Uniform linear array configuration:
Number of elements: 64
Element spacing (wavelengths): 0.25
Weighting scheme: exponential
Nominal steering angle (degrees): -60
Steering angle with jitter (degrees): -59.148
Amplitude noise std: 0.05
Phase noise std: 0.05

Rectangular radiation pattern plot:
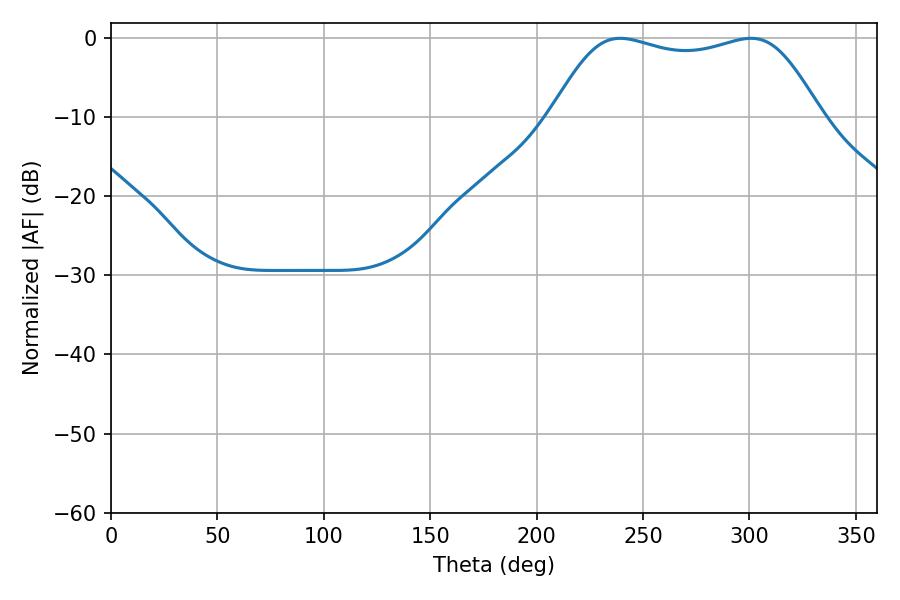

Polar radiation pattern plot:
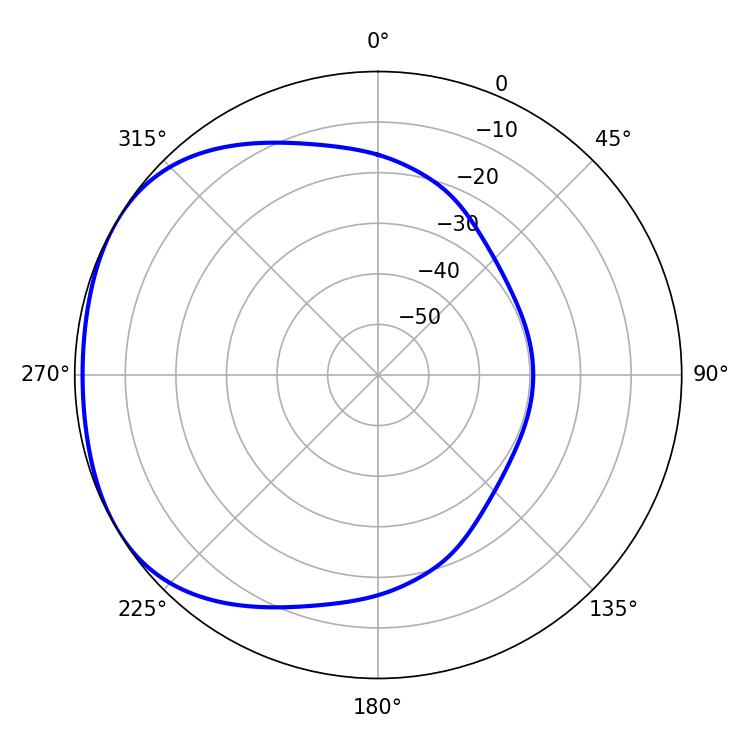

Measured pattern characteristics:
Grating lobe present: FALSE
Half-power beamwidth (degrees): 97.56
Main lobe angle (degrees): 239.22